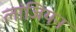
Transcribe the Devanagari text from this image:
लांजियन